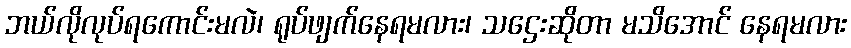
ဘယ်လိုလုပ်ရကောင်းမလဲ၊ ရုပ်ဖျက်နေရမလား၊ သဌေးဆိုတာ မသိအောင် နေရမလား